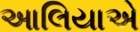
આલિયાએ